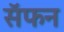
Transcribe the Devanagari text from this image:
सॅफन